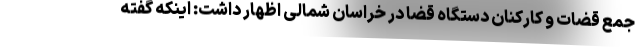
جمع قضات و کارکنان دستگاه قضا در خراسان شمالی اظهار داشت: اینکه گفته